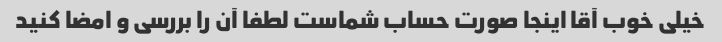
خیلی خوب آقا اینجا صورت حساب شماست لطفا آن را بررسی و امضا کنید